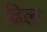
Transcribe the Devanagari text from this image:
ढिल